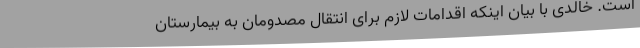
است. خالدی با بیان اینکه اقدامات لازم برای انتقال مصدومان به بیمارستان